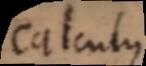
Calculus